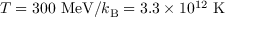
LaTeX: T = 3 0 0 ~ { \mathrm { M e V } } / k _ { \mathrm { B } } = 3 . 3 \times 1 0 ^ { 1 2 } ~ { \mathrm { K } }